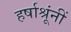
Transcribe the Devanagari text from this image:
हर्षाश्रूंनीं